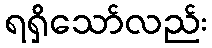
ရရှိသော်လည်း